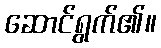
ဆောင်ရွက်၏။